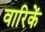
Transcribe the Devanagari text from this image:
वारिकें